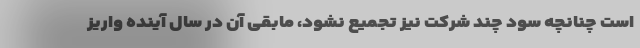
است چنانچه سود چند شرکت نیز تجمیع نشود، مابقی آن در سال آینده واریز